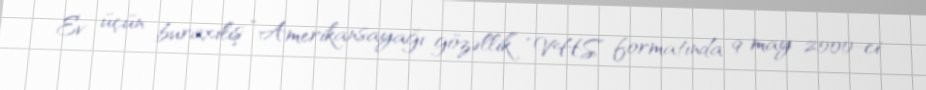
Ev üçün buraxılış “Amerikansayağı gözəllik” “VHS” formatında 9 may 2000-ci